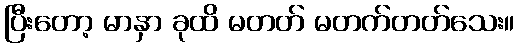
ပြီးတော့ မာနှာ ခုထိ မတတ် မတက်တတ်သေး။